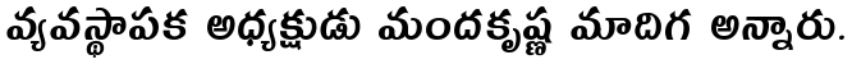
వ్యవస్థాపక అధ్యక్షుడు మందకృష్ణ మాదిగ అన్నారు.